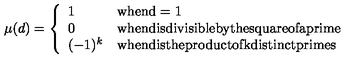
\mu ( d ) = \left\{ \begin{array} { l l } { 1 } & { \mathrm { w h e n d = 1 } } \\ { 0 } & { \mathrm { w h e n d i s d i v i s i b l e b y t h e s q u a r e o f a p r i m e } } \\ { ( - 1 ) ^ { k } } & { \mathrm { w h e n d i s t h e p r o d u c t o f k d i s t i n c t p r i m e s } } \\ \end{array} \right.